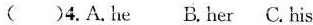
( )4.A.He B.Her C.His